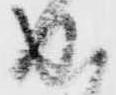
成